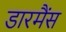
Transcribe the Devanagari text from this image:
डारमैंस